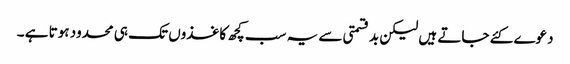
دعوے کئے جاتے ہیں لیکن بدقسمتی سے یہ سب کچھ کاغذوں تک ہی محدود ہوتا ہے ۔